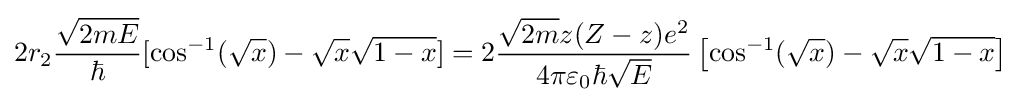
2r_{2}{\frac {\sqrt {2mE}}{\hbar }}[\cos ^{-1}({\sqrt {x}})-{\sqrt {x}}{\sqrt {1-x}}]=2{\frac {{\sqrt {2m}}z(Z-z)e^{2}}{4\pi \varepsilon _{0}\hbar {\sqrt {E}}}}\left[\cos ^{-1}({\sqrt {x}})-{\sqrt {x}}{\sqrt {1-x}}\right]